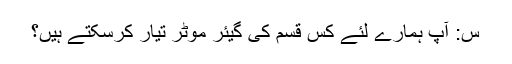
س: آپ ہمارے لئے کس قسم کی گیئر موٹر تیار کرسکتے ہیں؟